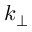
k _ { \perp }